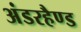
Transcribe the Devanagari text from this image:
अंडरहैण्ड